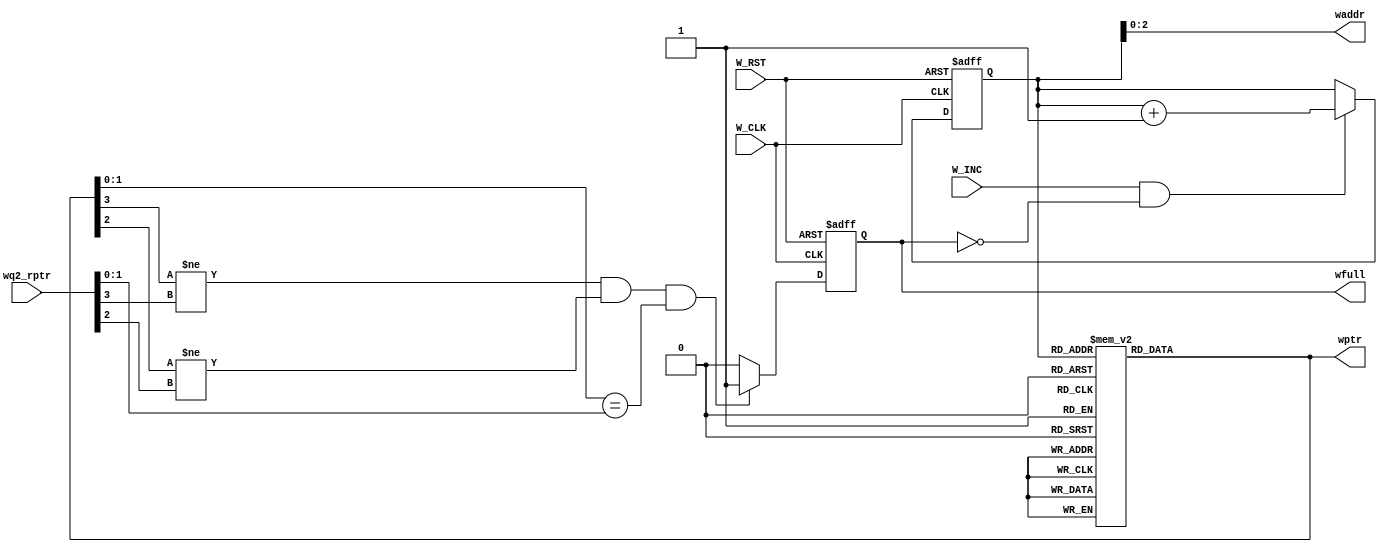
module W_ctrl (

	input wire 	 	 W_INC ,
	input wire [3:0] wq2_rptr,
	input wire  	 W_CLK ,
	input wire  	 W_RST ,

	output reg  	 wfull,
	output reg [2:0] waddr,
	output reg [3:0] wptr 

	);

reg [3:0] before_gray_wr_ptr ;  //  >> gray coding >> wptr  

// pointer 
	always @(posedge W_CLK or negedge W_RST) begin
		if (!W_RST) begin
			before_gray_wr_ptr <= 4'b0 ;
		end
		else if (W_INC && !wfull) begin
				before_gray_wr_ptr <= before_gray_wr_ptr + 1 ;
		end
	end

// full flag
	always@(posedge W_CLK or negedge W_RST) begin

		if(!W_RST) begin
			wfull <= 1'b0 ;
		end

		else if (wptr[3] != wq2_rptr[3] && wptr[2] != wq2_rptr[2] && wptr[1:0] == wq2_rptr[1:0]) begin
			wfull <= 1'b1 ;
		end

		else wfull <= 1'b0 ; // mlhash lazma bs mashy 
		
		 
	end

// waddr 
	always @(*) begin
		waddr = before_gray_wr_ptr[2:0] ;
	end

// gray code inversion
	always @(*)begin
		case (before_gray_wr_ptr)
		4'b0000 : wptr = 4'b0000 ;
		4'b0001 : wptr = 4'b0001 ;
		4'b0010 : wptr = 4'b0011 ;
		4'b0011 : wptr = 4'b0010 ;

		4'b0100 : wptr = 4'b0110 ;
		4'b0101 : wptr = 4'b0111 ;
		4'b0110 : wptr = 4'b0101 ;
		4'b0111 : wptr = 4'b0100 ;

		4'b1000 : wptr = 4'b1100 ;
		4'b1001 : wptr = 4'b1101 ;
		4'b1010 : wptr = 4'b1111 ;
		4'b1011 : wptr = 4'b1110 ;

		4'b1100 : wptr = 4'b1010 ;
		4'b1101 : wptr = 4'b1011 ;
		4'b1110 : wptr = 4'b1001 ;
		4'b1111 : wptr = 4'b1000 ;
		 
		default : wptr = 4'b0000 ;

		endcase
	end
endmodule